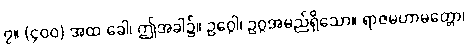
၇။ (၄၀၀) အထ ခေါ၊ ဤအခါ၌။ ဥဂ္ဂေါ၊ ဥဂ္ဂအမည်ရှိသော။ ရာဇမဟာမတ္တော၊